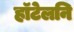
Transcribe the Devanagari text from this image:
हॉटेलनि